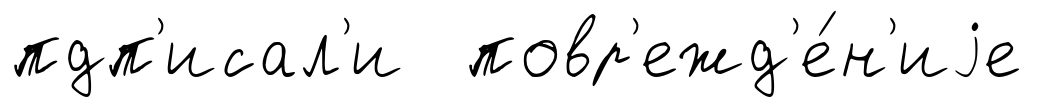
пдп'исал'и повр'ежд'е́н'иjе